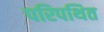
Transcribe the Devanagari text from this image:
परिपथित